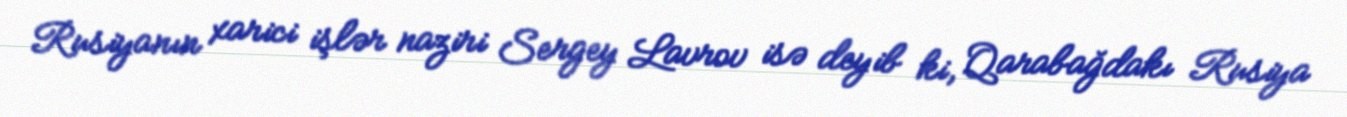
Rusiyanın xarici işlər naziri Sergey Lavrov isə deyib ki, Qarabağdakı Rusiya